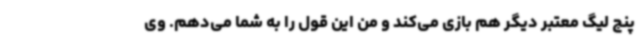
پنج لیگ معتبر دیگر هم بازی می‌کند و من این قول را به شما می‌دهم. وی